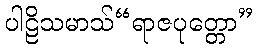
ပါဠိသမာသ်“ရာဇပုတ္တော”